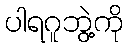
ပါရဂူဘွဲ့ကို